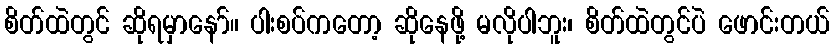
စိတ်ထဲတွင် ဆိုရမှာနော်။ ပါးစပ်ကတော့ ဆိုနေဖို့ မလိုပါဘူး၊ စိတ်ထဲတွင်ပဲ ဖောင်းတယ်